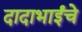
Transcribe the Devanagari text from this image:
दादाभाईंचे